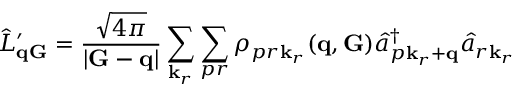
\hat { L } _ { \mathbf { q G } } ^ { \prime } = \frac { \sqrt { 4 \pi } } { | \mathbf G - \mathbf q | } \sum _ { \mathbf k _ { r } } \sum _ { p r } \rho _ { p r \mathbf k _ { r } } ( \mathbf q , \mathbf G ) \hat { a } _ { p \mathbf k _ { r } + \mathbf q } ^ { \dagger } \hat { a } _ { r \mathbf k _ { r } }